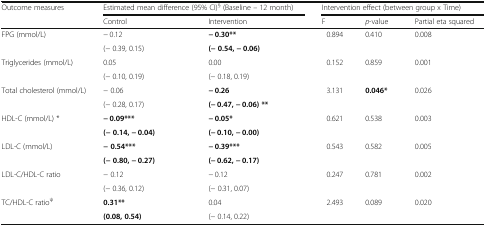
<table><thead><tr><td rowspan="2"><b>Outcome measures</b></td><td colspan="2"><b>Estimated mean difference (95% CI)<sup>§</sup> (Baseline – 12 month)</b></td><td colspan="3"><b>Intervention effect (between group x Time)</b></td></tr><tr><td><b>Control</b></td><td><b>Intervention</b></td><td><b>F</b></td><td><b><i>p</i>-value</b></td><td><b>Partial eta squared</b></td></tr></thead><tbody><tr><td rowspan="2">FPG (mmol/L)</td><td>− 0.12</td><td><b>− 0.30**</b></td><td rowspan="2">0.894</td><td rowspan="2">0.410</td><td rowspan="2">0.008</td></tr><tr><td>(− 0.39, 0.15)</td><td><b>(− 0.54, − 0.06)</b></td></tr><tr><td rowspan="2">Triglycerides (mmol/L)</td><td>0.05</td><td>0.00</td><td rowspan="2">0.152</td><td rowspan="2">0.859</td><td rowspan="2">0.001</td></tr><tr><td>(− 0.10, 0.19)</td><td>(− 0.18, 0.19)</td></tr><tr><td rowspan="2">Total cholesterol (mmol/L)</td><td>− 0.06</td><td><b>− 0.26</b></td><td rowspan="2">3.131</td><td rowspan="2"><b>0.046*</b></td><td rowspan="2">0.026</td></tr><tr><td>(− 0.28, 0.17)</td><td><b>(− 0.47, − 0.06) **</b></td></tr><tr><td rowspan="2">HDL-C (mmol/L) *</td><td><b>− 0.09***</b></td><td><b>− 0.05*</b></td><td rowspan="2">0.621</td><td rowspan="2">0.538</td><td rowspan="2">0.003</td></tr><tr><td><b>(− 0.14, − 0.04)</b></td><td><b>(− 0.10, − 0.00)</b></td></tr><tr><td rowspan="2">LDL-C (mmol/L)</td><td><b>− 0.54***</b></td><td><b>− 0.39***</b></td><td rowspan="2">0.543</td><td rowspan="2">0.582</td><td rowspan="2">0.005</td></tr><tr><td><b>(− 0.80, − 0.27)</b></td><td><b>(− 0.62, − 0.17)</b></td></tr><tr><td rowspan="2">LDL-C/HDL-C ratio</td><td>− 0.12</td><td>− 0.12</td><td rowspan="2">0.247</td><td rowspan="2">0.781</td><td rowspan="2">0.002</td></tr><tr><td>(− 0.36, 0.12)</td><td>(− 0.31, 0.07)</td></tr><tr><td rowspan="2">TC/HDL-C ratio<sup>ψ</sup></td><td><b>0.31**</b></td><td>0.04</td><td rowspan="2">2.493</td><td rowspan="2">0.089</td><td rowspan="2">0.020</td></tr><tr><td><b>(0.08, 0.54)</b></td><td>(− 0.14, 0.22)</td></tr></tbody></table>